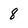
Character: 8